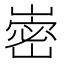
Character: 𭗏